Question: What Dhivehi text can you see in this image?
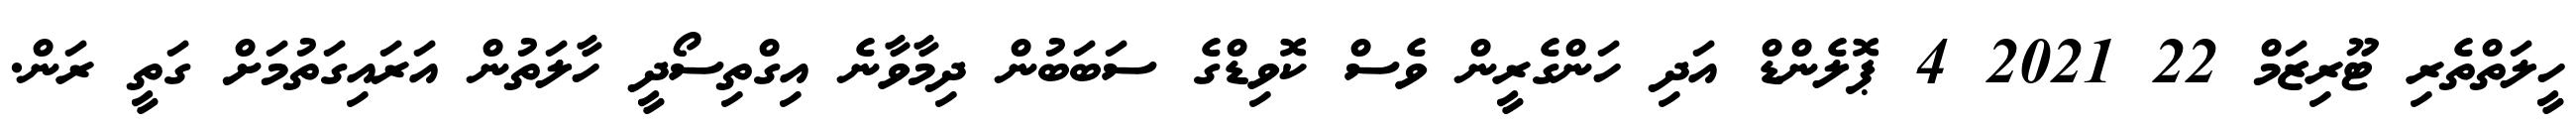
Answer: ހީލަތްތެރި ޓޫރިޒަމް 22 2021 4 ޕޮލެންޑް އަދި ހަންގެރީން ވެސް ކޮވިޑްގެ ސަބަބުން ދިމާވާނެ އިގްތިސޯދީ ހާލަތުން އަރައިގަތުމަށް ގަތީ ރަން.